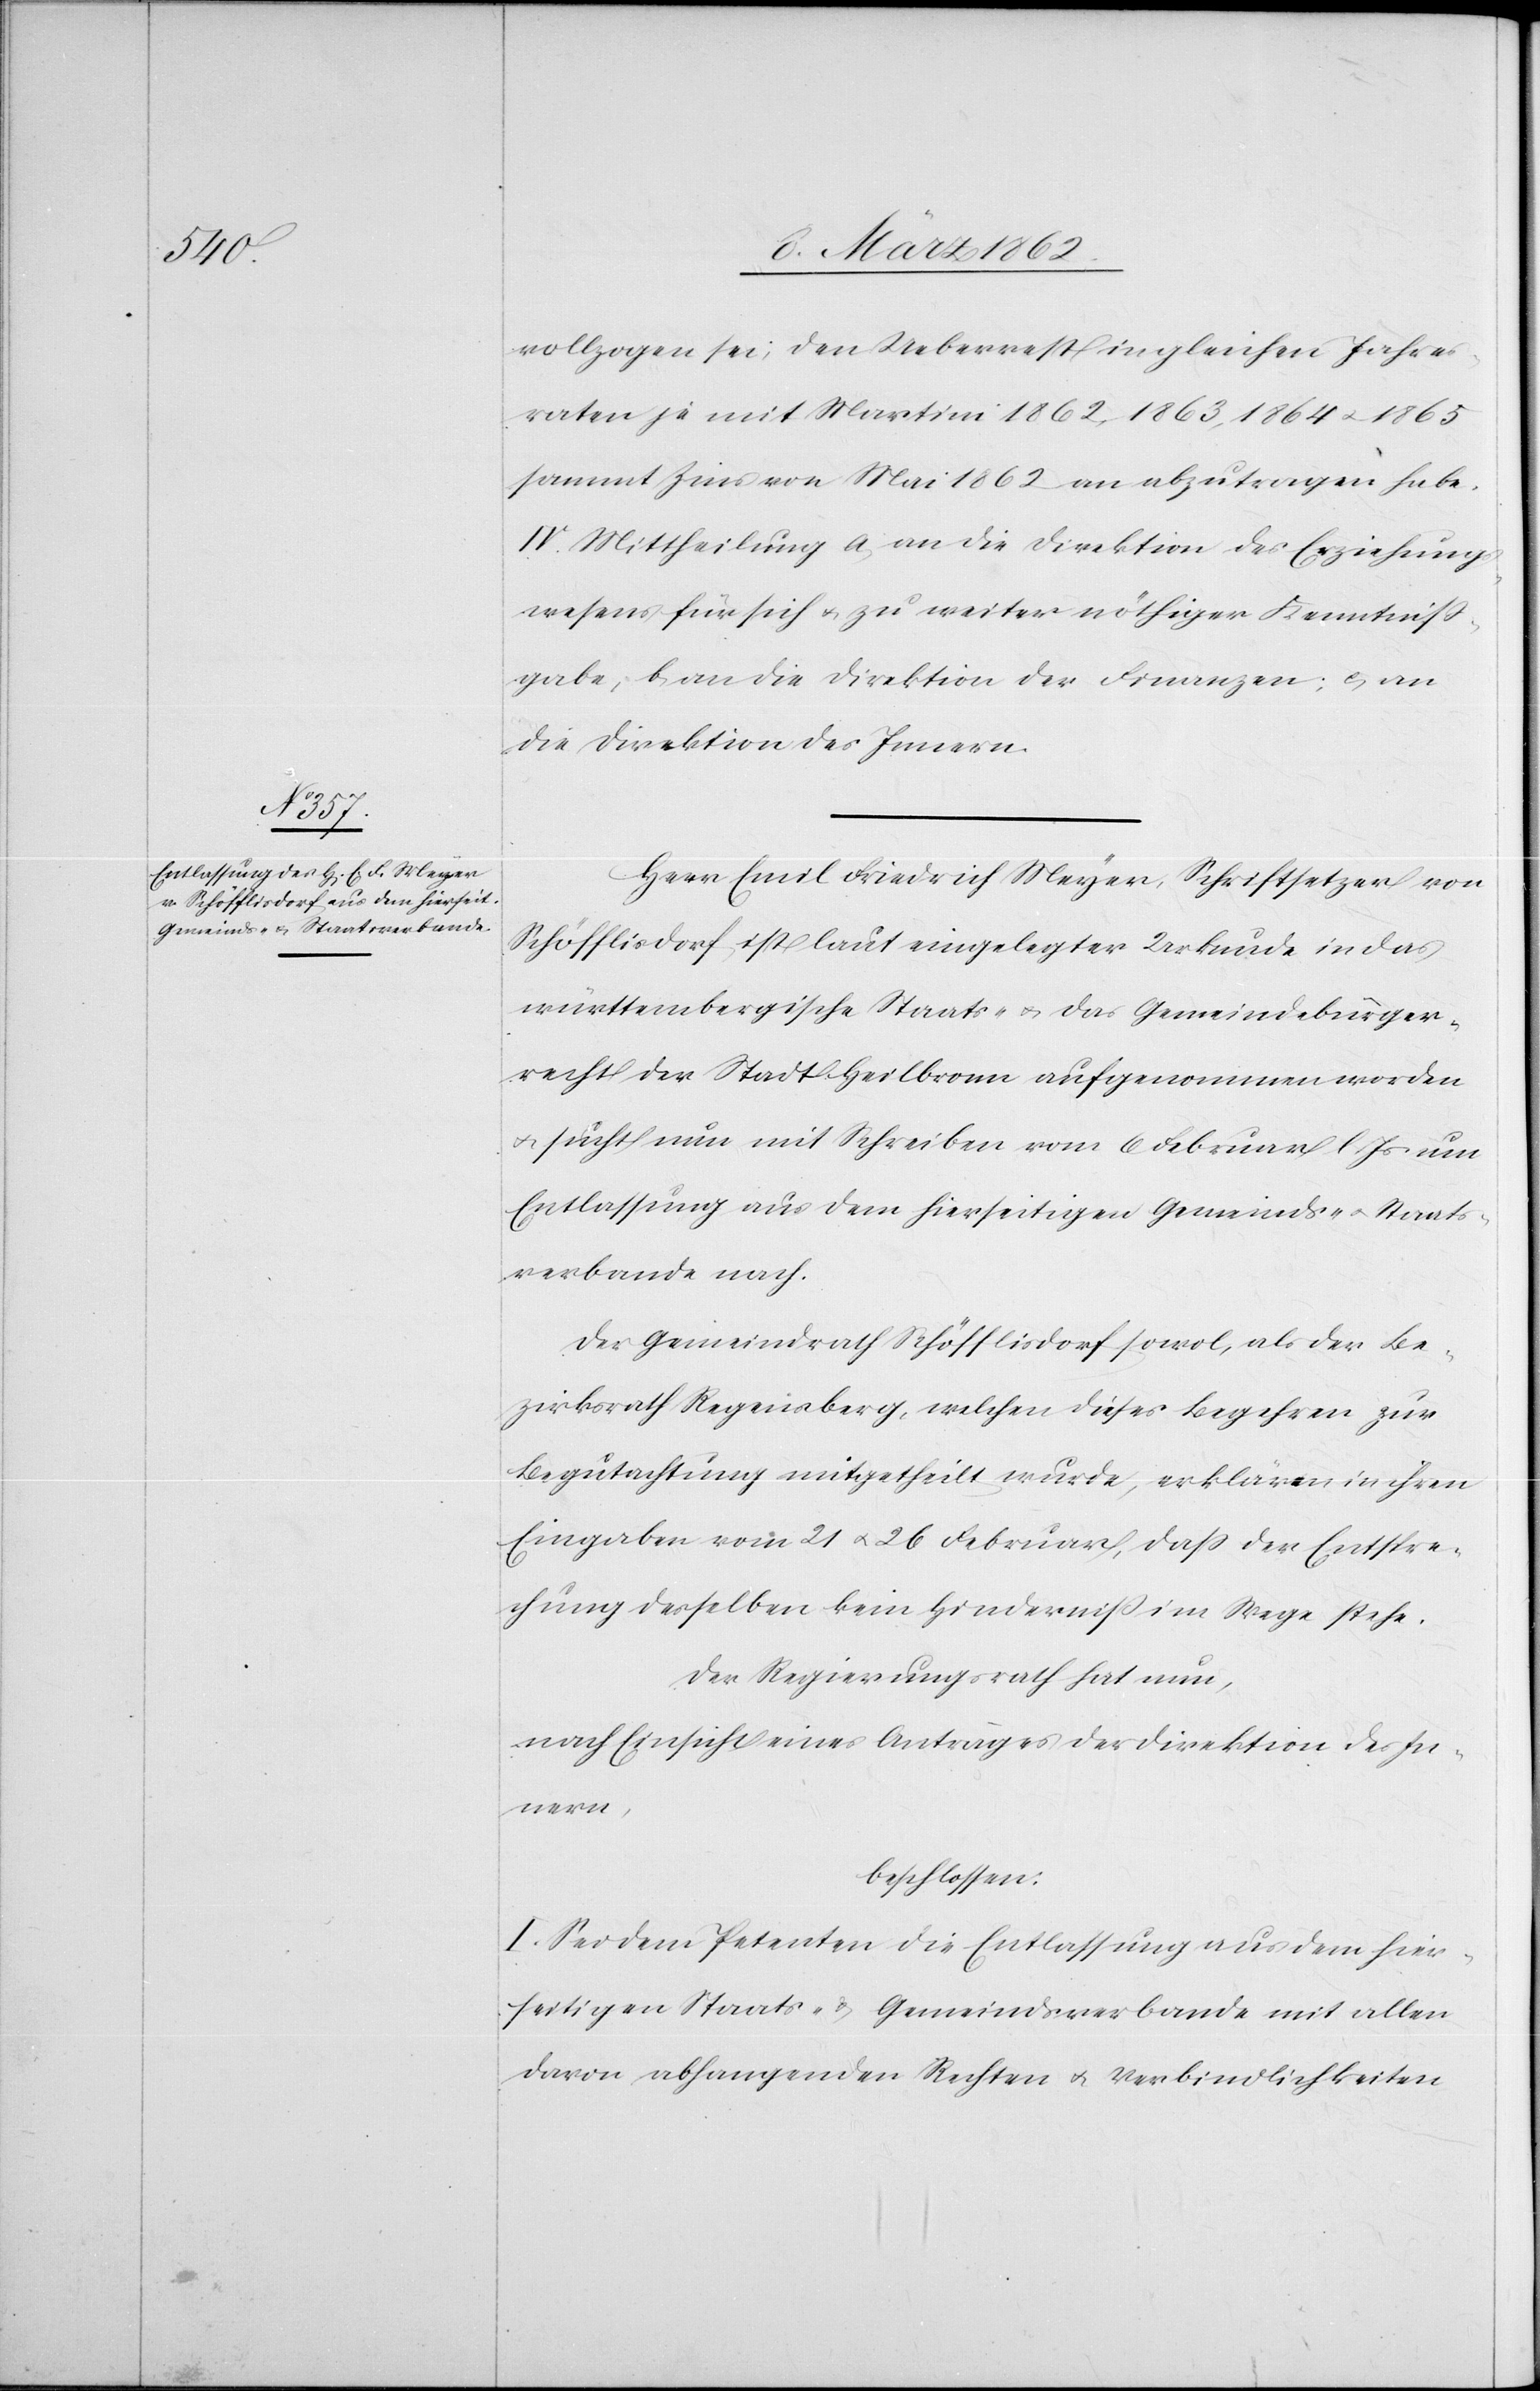
vollzogen sei, den Ueberrest in gleichen Jahres¬
raten je mit Martini 1862, 1863, 1864 u. 1865
sammt Zins von Martini 1862 an abzutragen habe.
IV. Mittheilung a) an die Direktion des Erziehungs¬
wesens für sich u. zu weiter nöthiger Kenntniß¬
gabe, b) an die Direktion der Finanzen; c) an
die Direktion des Innern.
Herr Emil Friedrich Meyer, Schriftsetzer von
Schöfflisdorf, ist laut eingelegter Urkunde in das
württembergische Staats- u. das Gemeindebürger¬
recht der Stadt Heilbronn aufgenommen worden
u. sucht nun mit Schreiben vom 6 Februar l Js. um
Entlassung aus dem hierseitigen Gemeinds- u. Staats¬
verbande nach.
Der Gemeindrath Schöfflisdorf sowol, als der Be¬
zirksrath Regensberg, welchen dieses Begehren zur
Begutachtung mitgetheilt wurde, erklären in ihren
Eingaben vom 21 u. 26 Februar, daß der Entspre¬
chung desselben kein Hinderniß im Wege stehe.
Der Regierungsrath hat nun,
nach Einsicht eines Antrages der Direktion des In¬
nern,
beschlossen:
I. Sei dem Petenten die Entlassung aus dem hier¬
seitigen Staats- u. Gemeindsverbande mit allen
davon abhangenden Rechten u. Verbindlichkeiten